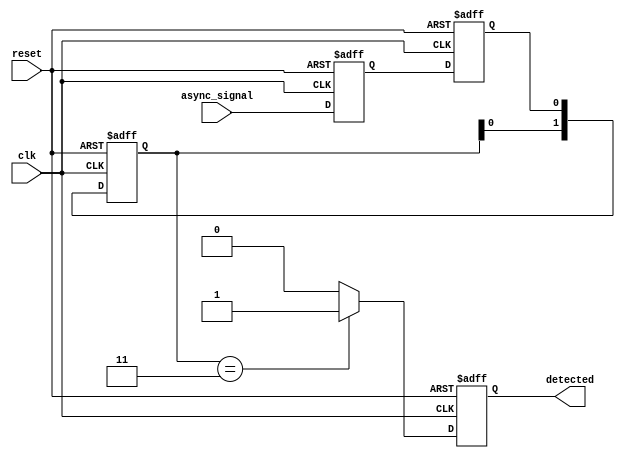
module dual_ff_detector (
    input wire clk,                // Clock input
    input wire reset,              // Reset input
    input wire async_signal,       // Asynchronous input signal
    output reg detected            // Output signal indicating pattern detection
);

// Parameters for the pattern to detect (example: 2'b11)
parameter PATTERN = 2'b11;

// Internal signals
reg ff1, ff2;                    // Flip-flops for synchronization
reg [1:0] state;                 // State register to hold the last two FF outputs

// Flip-flop synchronization
always @(posedge clk or posedge reset) begin
    if (reset) begin
        ff1 <= 1'b0;
        ff2 <= 1'b0;
    end else begin
        ff1 <= async_signal;      // Sample async signal
        ff2 <= ff1;               // Sample output of FF1
    end
end

// State logic for pattern detection
always @(posedge clk or posedge reset) begin
    if (reset) begin
        state <= 2'b00;           // Initialize state on reset
        detected <= 1'b0;         // Clear detected signal
    end else begin
        state <= {state[0], ff2};  // Shift in the new value from FF2
        if (state == PATTERN) begin
            detected <= 1'b1;      // Set detected signal if pattern matches
        end else begin
            detected <= 1'b0;      // Clear detected signal if pattern does not match
        end
    end
end

endmodule